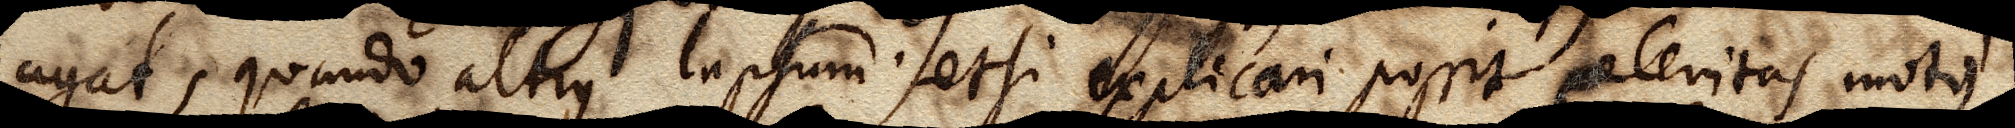
agat, quando altius lapsum etsi explicari possit celeritas motus.